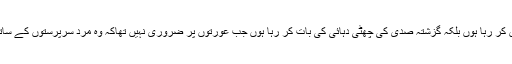
میں زیاده پہلے نبى صلى اللہ علیہ وسلم کے دور کى بات نہیں کر رہا ہوں بلکہ گزشتہ صدى کى چھٹى دہائى کى بات کر رہا ہوں جب عورتوں پر ضرورى نہیں تهاکہ وه مرد سرپرستوں کے ساتھ سفر کریں بلکہ محفوظ جماعت کے ساتھ سفر کرلیتى تهیں۔